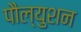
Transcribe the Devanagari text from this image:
पौल्युशन